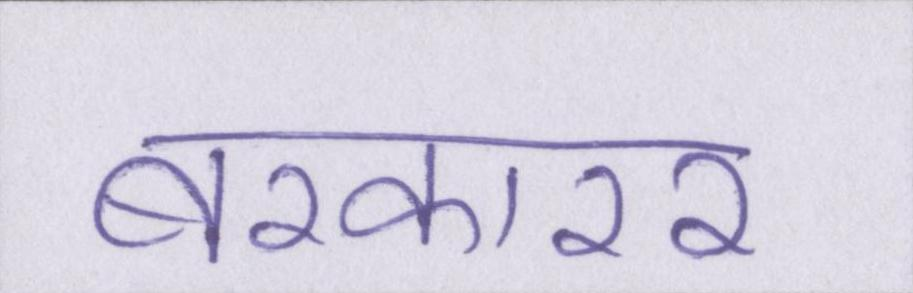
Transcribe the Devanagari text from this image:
बरकारर